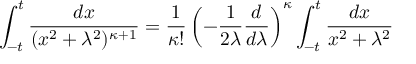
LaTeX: \int _ { - t } ^ { t } \frac { d x } { ( x ^ { 2 } + \lambda ^ { 2 } ) ^ { \kappa + 1 } } = \frac { 1 } { \kappa ! } \left( - \frac { 1 } { 2 \lambda } \frac { d } { d \lambda } \right) ^ { \kappa } \int _ { - t } ^ { t } \frac { d x } { x ^ { 2 } + \lambda ^ { 2 } }